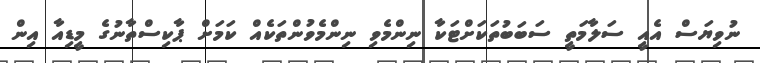
ނުވިޔަސް އެއީ ސަލާމަތީ ސަބަބުތަކަށްޓަކާ ނިންމެވި ނިންމެވުންތަކެއް ކަމަށް ޕާކިސްތާނުގެ މީޑިއާ އިން